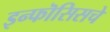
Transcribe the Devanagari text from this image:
इन्फॊसिसचे